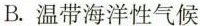
B.温带海洋性气候